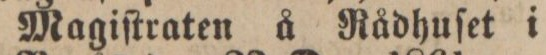
Magiſtraten å Rådhuſet i